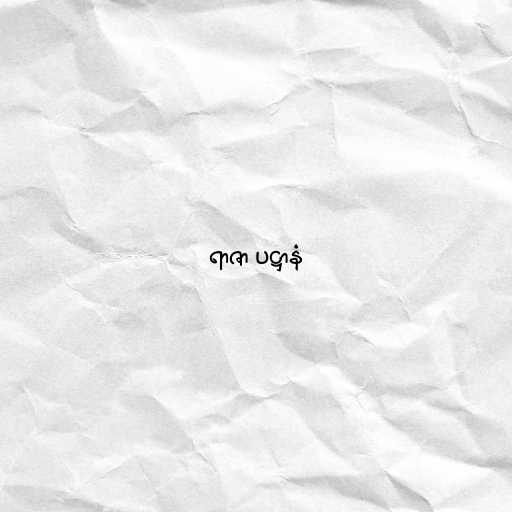
ရာဇာ ပဋ္ဌာနံ